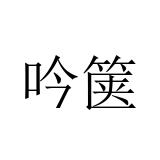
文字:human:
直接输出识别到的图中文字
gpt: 吟箧